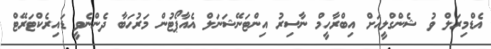
އެޑްމިރަލް ވު ޝެންގްލީއަށް އިބްރާހީމް ނާސިރު އިންޓަނޭޝަނަލް އެއާޕޯޓުން މަރުހަބާ ދެންނެވީ ޑައިރެކްޓަރޭޓް